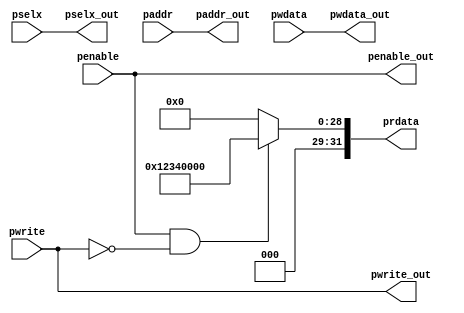
module apb_slave(pwrite,penable,pselx,paddr,pwdata,pwrite_out,penable_out,pselx_out,paddr_out,
 pwdata_out,prdata);
	input pwrite, penable;
	input [2:0] pselx;
	input [31:0] paddr,pwdata;

	output pwrite_out,penable_out;
	output [2:0] pselx_out;
	output [31:0] paddr_out ,pwdata_out; 
	output reg [31:0] prdata;

	always @(*)
	begin
		if(penable && !pwrite)
			prdata = 32'h1234_0000;
		else
			prdata = 32'b0;
	end


	assign pwrite_out = pwrite;
	assign penable_out = penable;
	assign pselx_out = pselx;
	assign paddr_out = paddr;
	assign pwdata_out = pwdata;

endmodule